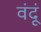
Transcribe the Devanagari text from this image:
वंदूं